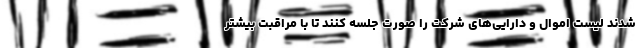
شدند لیست اموال و دارایی‌های شرکت را صورت جلسه کنند تا با مراقبت بیشتر